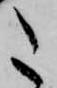
た